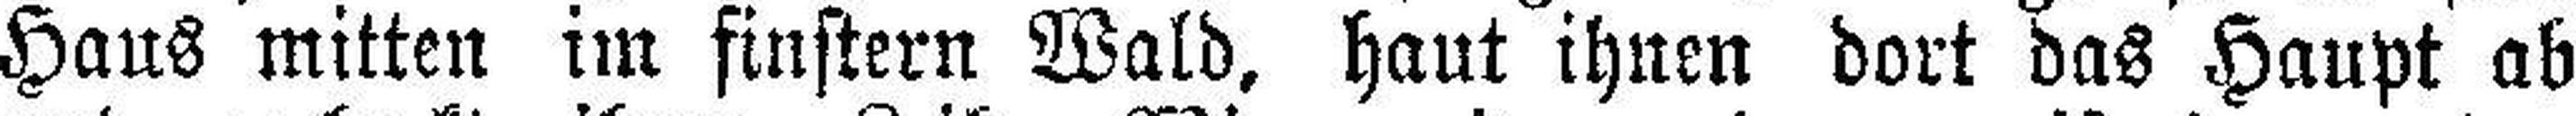
Haus mitten im finstern Wald, haut ihnen dort das Haupt ab